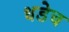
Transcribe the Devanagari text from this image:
धडेच